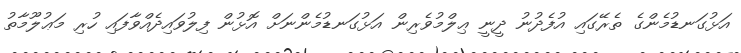
އަޅުގަނޑުމެންގެ ތެރޭގައި އުފެދުނު ދީނީ ޢިލްމުވެރިން އަޅުގަނޑުމެންނަށް އޮޅުން ފިލުވައިދެއްވާފައި ހުރި މަޢުލޫމާތު